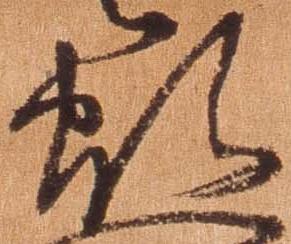
煩